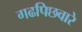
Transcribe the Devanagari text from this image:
गढपिछवारे